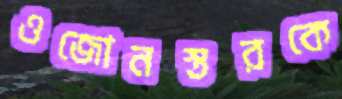
ওজোনস্তরকে